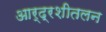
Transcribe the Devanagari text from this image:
आर्द्रशीतलन